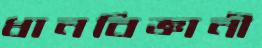
ধানবিজ্ঞানী